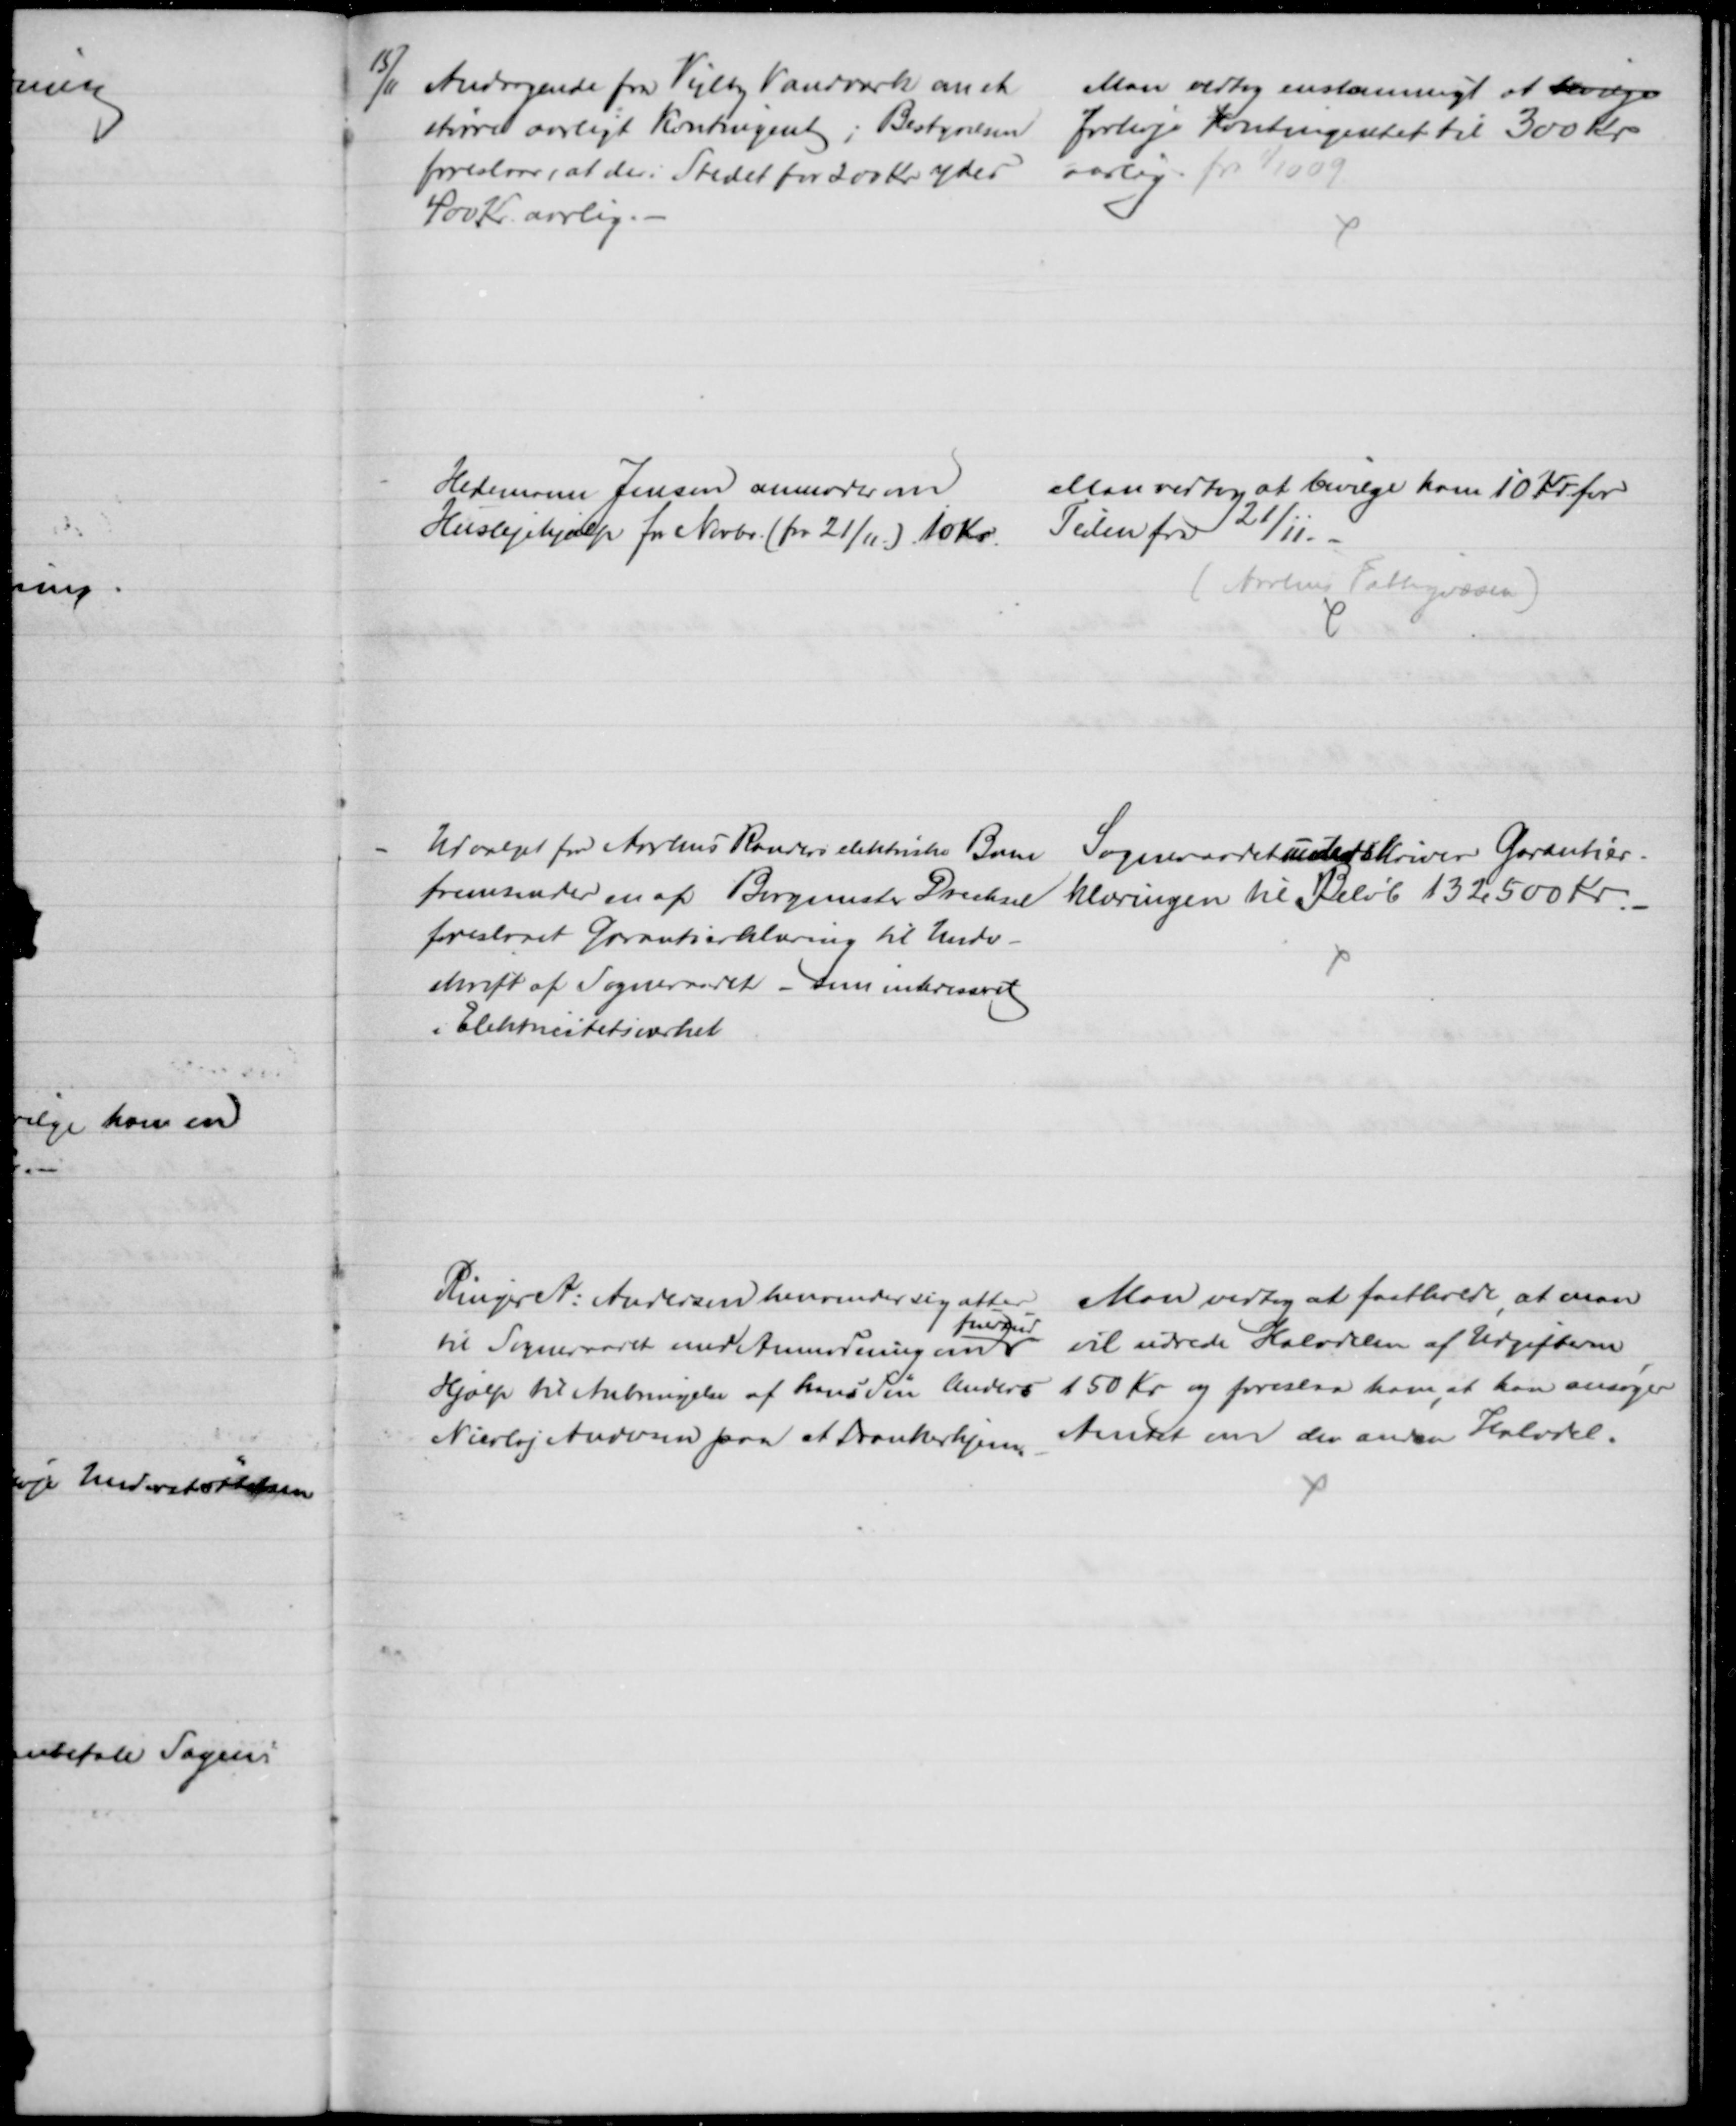
Transskription:
15/11 Andragende fra Vejlby Vandværk om et
større aarligt Kontingent; Bestyrelsen 
foreslaar, at der i Stedet for 200 Kr ydes 
400 Kr. aarlig.
Man vedtog enstemmigt at bevilge
forhøje Kontingentet til 300 Kr
aarlig. fra 1/10 09
Hedemann Jensen anmoder om
Huslejehjælp fra Novbr. (fra 21/11) 10 Kr.
Man vedtog at bevilge ham 10 Kr for
Tiden fra 21/11.
(Aarhus Fattigvæsen)
Udvalget for Aarhus Randers elektriske Bane
fremsender en af Borgmester Drechsel
foreslaaet Garantierklæring til Under-
skrift af Sogneraadet - som interesseret
i Elektricitetsværket
Sogneraadet underskriver Garantier-
klæringen til Beløb 132500 Kr.
Ringer A. Andersen henvender sig atter
til Sogneraadet med Anmodning om
fuldtud
Hjælp til Anbringelse af hans Søn Anders
Nicolaj Andersen paa et Drankerhjem
Man vedtog at fastholde, at man
vil udrede Halvdelen af Udgifterne
150 Kr og foreslaa ham, at han ansøger
Amtet om den anden Halvdel.